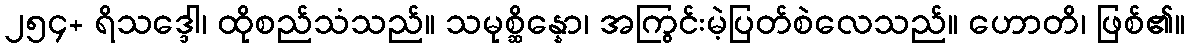
၂၅၄+ ရိသဒ္ဒေါ၊ ထိုစည်သံသည်။ သမုစ္ဆိန္နော၊ အကြွင်းမဲ့ပြတ်စဲလေသည်။ ဟောတိ၊ ဖြစ်၏။